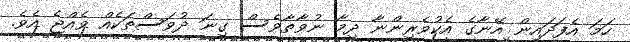
ހަމަ އެފަދައިން އޭނާގެ އެކުވެރިންނާ ދިމާ ނުވާތާވެސް ގިނަ ދުވަސްތަކެއް ވެއްޖެ އެވެ.